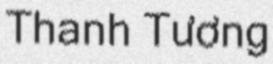
Thanh Tương